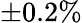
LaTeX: \pm 0.2\%